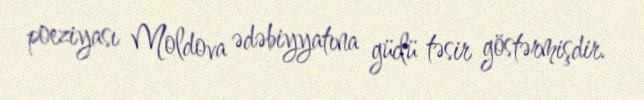
poeziyası Moldova ədəbiyyatına güclü təsir göstərmişdir.